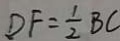
D F = \frac { 1 } { 2 } B C